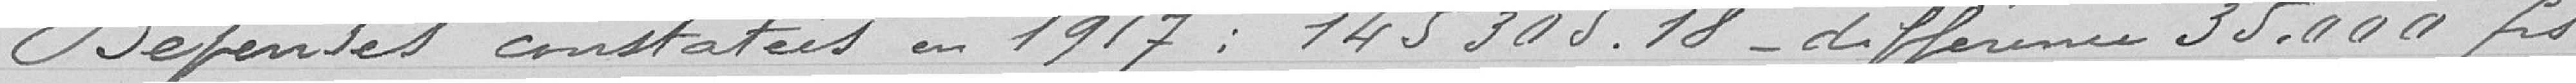
Dépenses constatées en 1917 : 145 305,18 francs - différence 35.000 francs